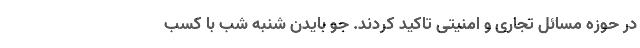
در حوزه مسائل تجاری و امنیتی تاکید کردند. جو بایدن شنبه شب با کسب